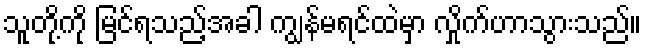
သူတို့ကို မြင်ရသည့်အခါ ကျွန်မရင်ထဲမှာ လှိုက်ဟာသွားသည်။